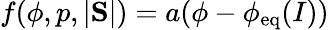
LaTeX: f(\phi,p,|\mathrm{\mathbf S}|)=a(\phi-\phi_{\mathrm{eq}}(I))